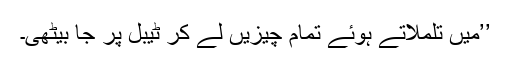
’’میں تلملاتے ہوئے تمام چیزیں لے کر ٹیبل پر جا بیٹھی۔